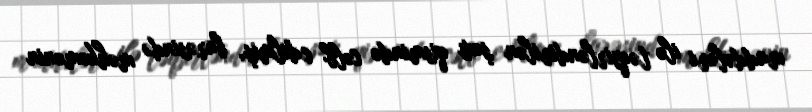
maddələri ilə təqsirləndirilən şəxs qismində cəlb edilmiş, barəsində məhkəmənin